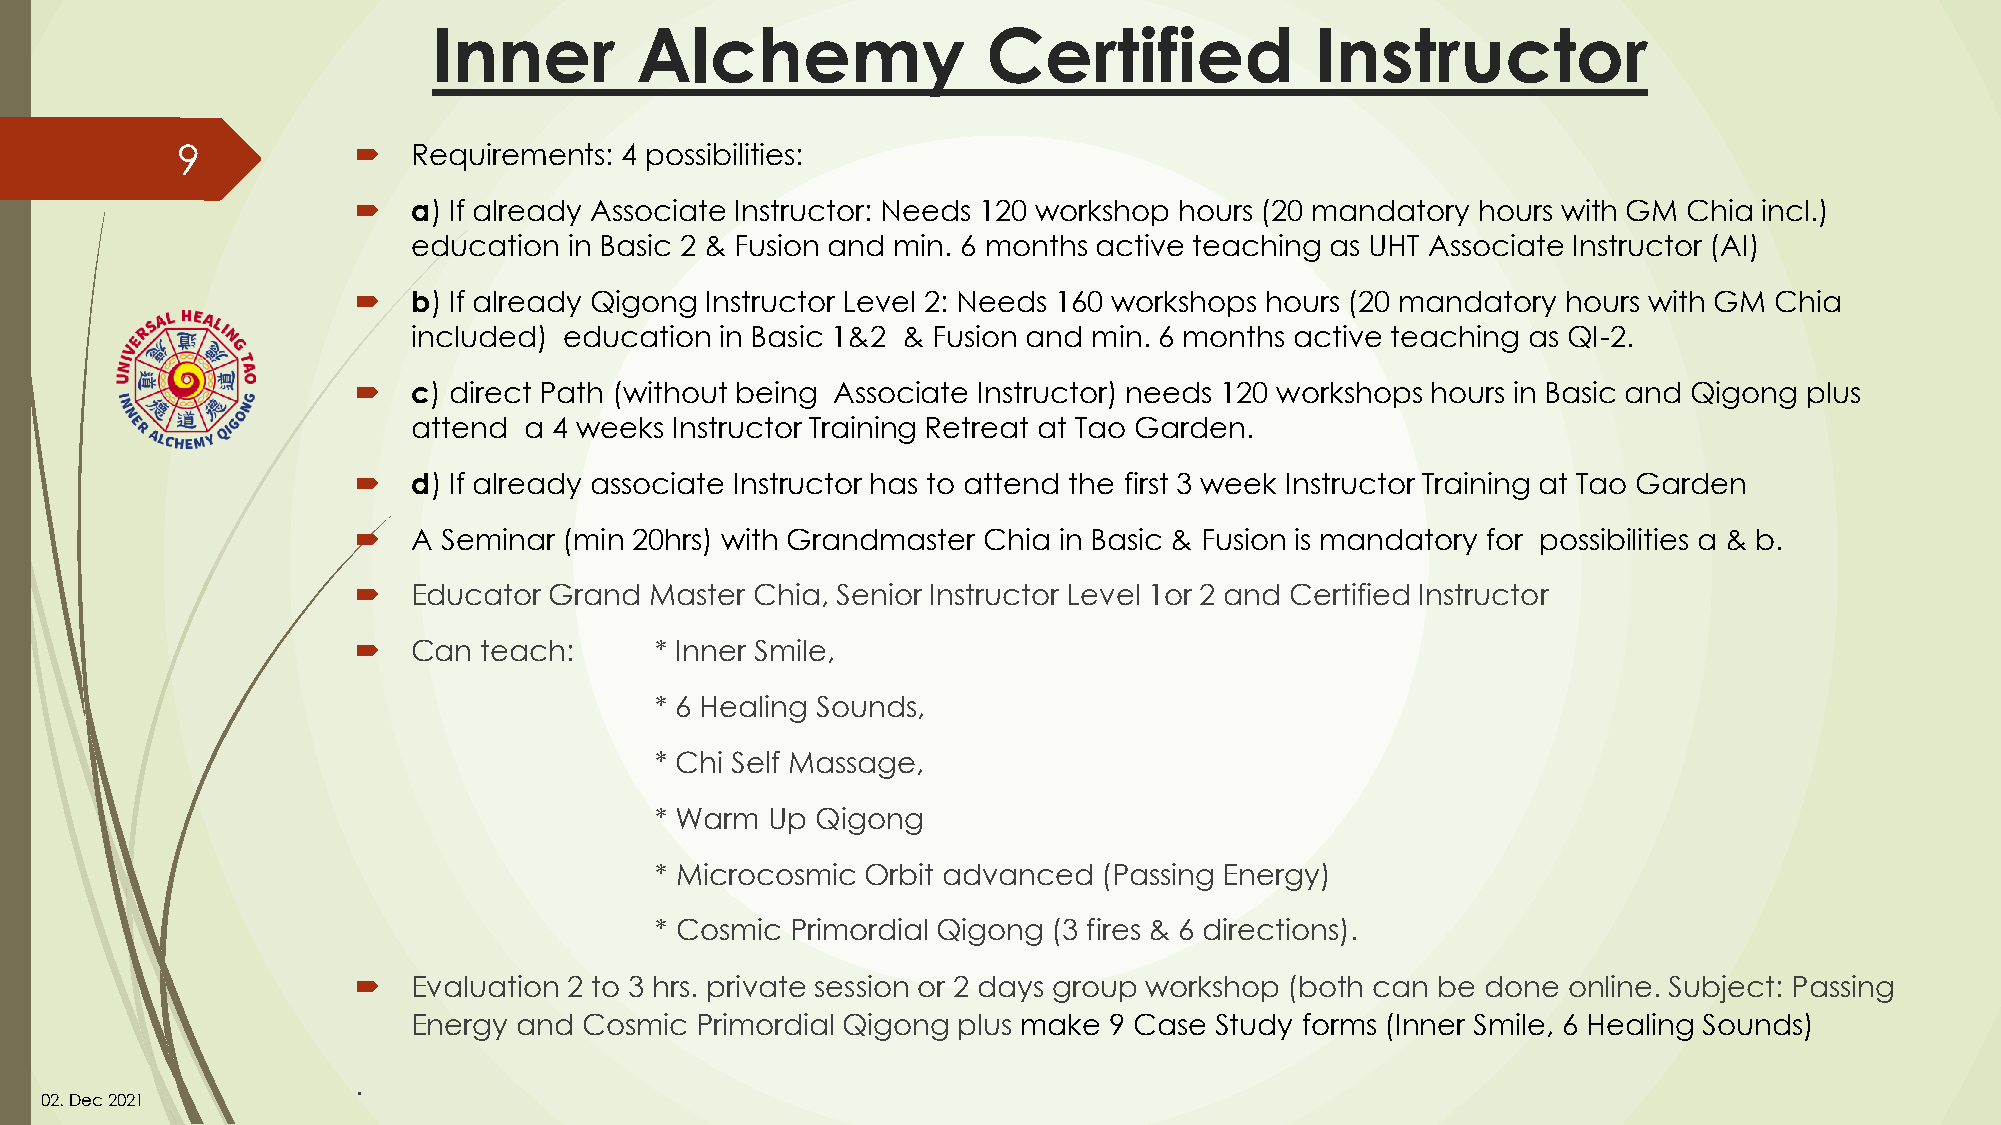
Inner        Alchemy                Certified             Instructor
 9             Requirements: 4 possibilities:
   a) If already Associate Instructor: Needs 120 workshop hours (20 mandatory hours with GM Chia incl.)
 education  in Basic 2 & Fusion and min. 6 months active teaching as UHT Associate Instructor (AI)
   b) If already Qigong Instructor Level 2: Needs 160 workshops hours (20 mandatory hours with GM Chia
 included) education  in Basic 1&2 & Fusion and min. 6 months active teaching as QI-2.
   c) direct Path (without being Associate Instructor) needs 120 workshops hours in Basic and Qigong plus
 attend  a 4 weeks Instructor Training Retreat at Tao Garden.
   d) If already associate Instructor has to attend the first 3 week Instructor Training at Tao Garden
   A Seminar (min 20hrs) with Grandmaster Chia in Basic & Fusion is mandatory for possibilities a & b.
   Educator Grand  Master Chia, Senior Instructor Level 1or 2 and Certified Instructor
   Can  teach:     * Inner Smile,
 * 6 Healing Sounds,
 * Chi Self Massage,
 * Warm  Up Qigong
 * Microcosmic Orbit advanced  (Passing Energy)
 * Cosmic Primordial Qigong (3 fires & 6 directions).
   Evaluation 2 to 3 hrs. private session or 2 days group workshop (both can be done online. Subject: Passing
 Energy and  Cosmic Primordial Qigong plus make 9 Case Study forms (Inner Smile, 6 Healing Sounds)
 .
 02. Dec2021